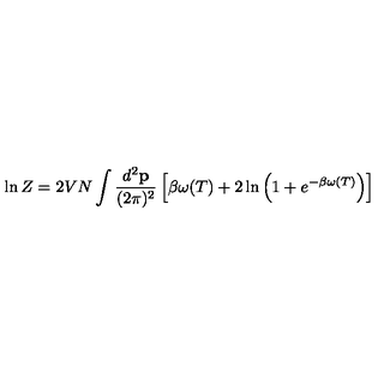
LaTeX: \ln Z = 2 V N \int { \frac { d ^ { 2 } { \bf p } } { ( 2 \pi ) ^ { 2 } } } \left[ \beta \omega ( T ) + 2 \ln \left( 1 + e ^ { - \beta \omega ( T ) } \right) \right]